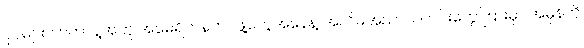
ပိုပိုများလာတာနဲ့အတူ အမေရိကန်တပ်ဖွဲ့တွေအနေနဲ့ အလိမ်အညာသတင်းတွေကြားမှာ အမှန်ကို